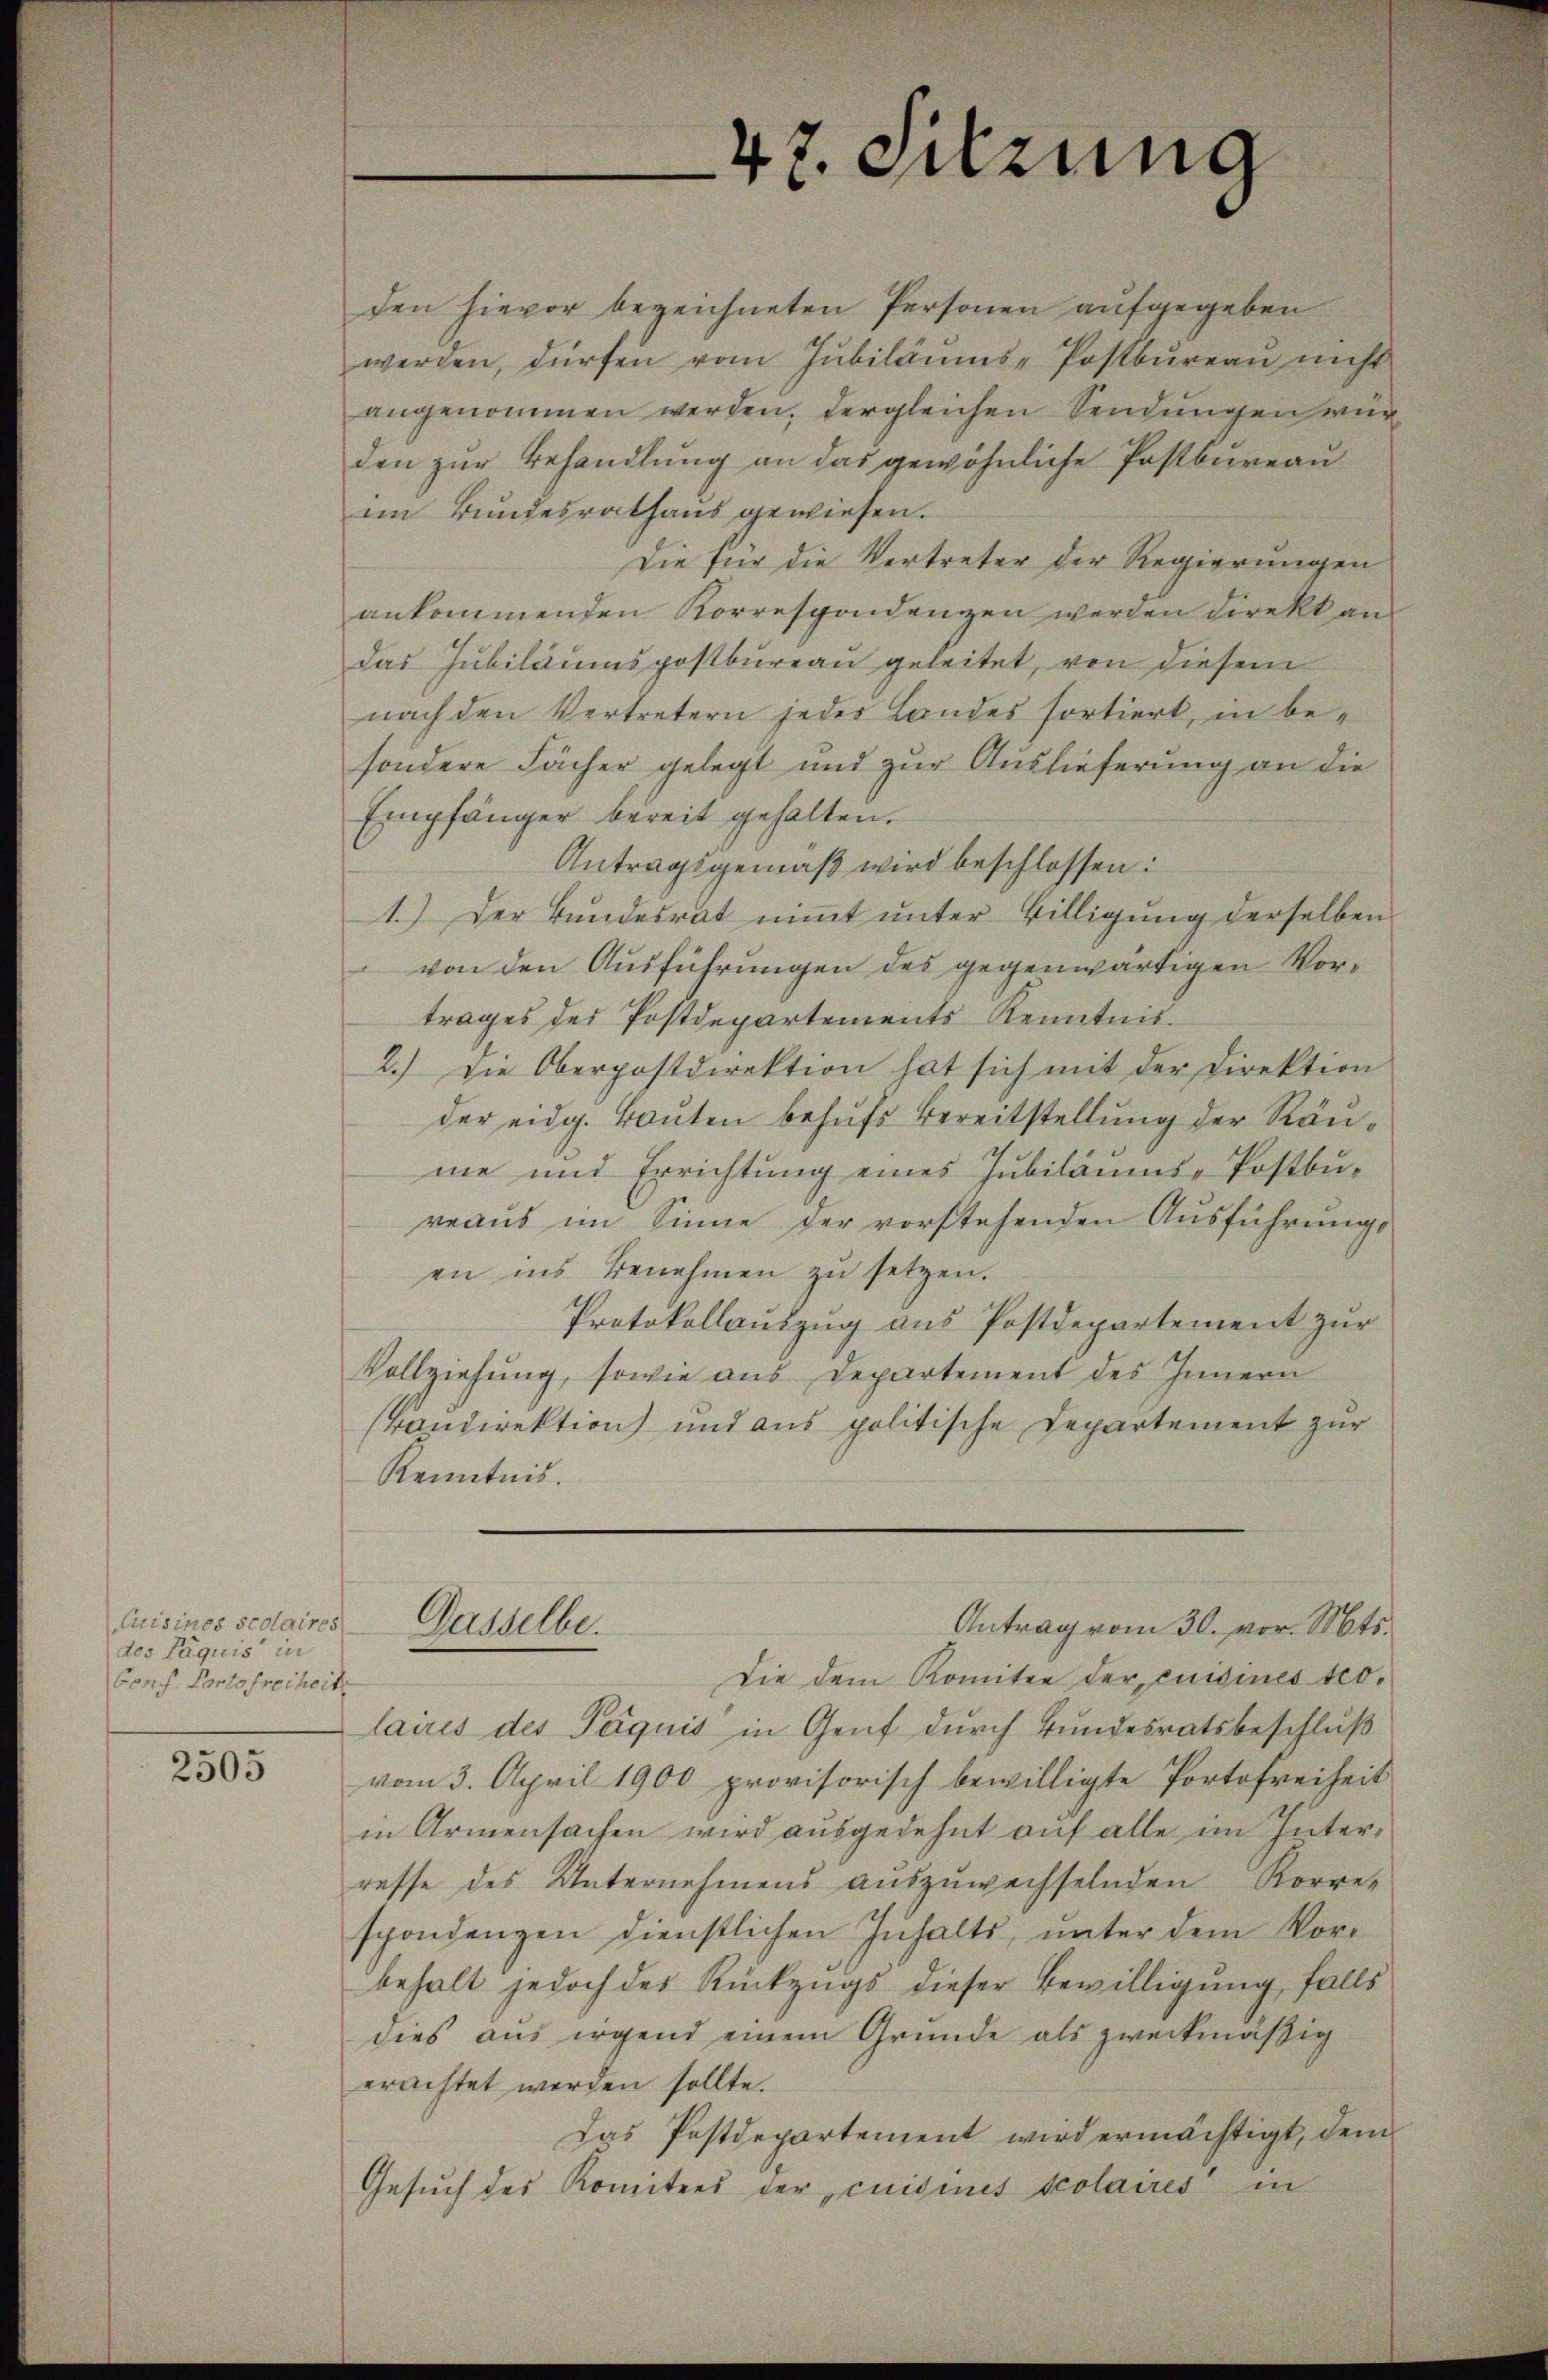
Cuisines scolarires
des Läquis in
Cons. Contosreiheit

2505

47. Sitzung

den hievor bezeichneten Personen aufgegeben
werden, dürfen vom Jubiläums-Postbureau nicht
angenommen werden, dergleichen Sendungen wür
den zur Behandlung an das gewöhnliche Postbureau
im Bundesrathaus gewiesen.
Die für die Vertreter der Regierungen
ankommenden Korrespondenzen werden direkt ans
das Jubiläumspostbureau geleitet, von diesem
nach den Vertretern jeder Landes sortiert, in besondere Fächer gelegt und zur Auslieferung an die
Empfänger bereit gehalten.
Antragsgemäß wird beschlossen:
1.) Der Bundesrat nimmt unter Billigung derselben
von den Ausführungen des gegenwärtigen Vortrages des Postdepartements Kenntnis¬
2.) Die Oberpostdirektion hat sich mit der Direktion
der eidg. Bauten behufs Bereitstellung der Ränme und Errichtung eines Jubiläums-Postbuveaus im Sinne der vorstehenden Ausführung,
en ins Benehmen zu setzen.
Protokollauszug aus Postdepartement zur
Vollziehŭng, sowie aŭs Departement des Innern
kandirektion und aus politische Departement zur
Kenntnis.
Gasselbe.
Antrag vom 30. vor. Mts.
Die dem Komitee der cuisines teolaires des Päquis in Genf durch Bundesratsbeschluß
vom 3. April 1900 provisorisch bewilligte Portofreiheit
in Armensachen wird ausgedehnt auf alle im Interresse des Unternehmens auszuwechselnden Korre-
spondenzen dienstlichen Inhalts, unter dem Vorbehalt jedoch des Rückzugs dieser Bewilligung falls
dies aus irgend einem Grunde als zweckmäßig
erachtet werden sollte.
Das Postdepartement wird ermächtigt, dem
Gesuch des Komitees der cuisines scolaires in